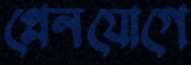
প্লেনযোগে